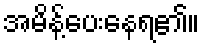
အမိန့်ပေးနေရ၏။